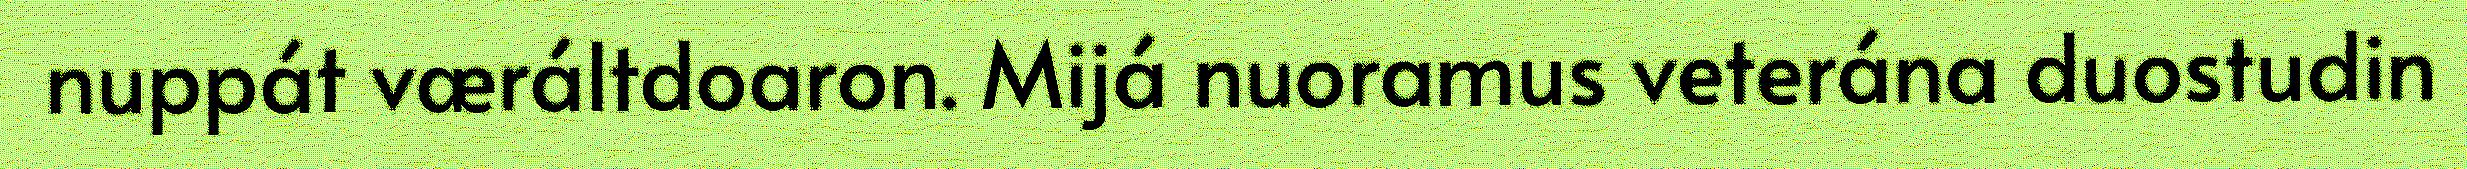
nuppát væráltdoaron. Mijá nuoramus veterána duostudin